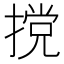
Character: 𫽮